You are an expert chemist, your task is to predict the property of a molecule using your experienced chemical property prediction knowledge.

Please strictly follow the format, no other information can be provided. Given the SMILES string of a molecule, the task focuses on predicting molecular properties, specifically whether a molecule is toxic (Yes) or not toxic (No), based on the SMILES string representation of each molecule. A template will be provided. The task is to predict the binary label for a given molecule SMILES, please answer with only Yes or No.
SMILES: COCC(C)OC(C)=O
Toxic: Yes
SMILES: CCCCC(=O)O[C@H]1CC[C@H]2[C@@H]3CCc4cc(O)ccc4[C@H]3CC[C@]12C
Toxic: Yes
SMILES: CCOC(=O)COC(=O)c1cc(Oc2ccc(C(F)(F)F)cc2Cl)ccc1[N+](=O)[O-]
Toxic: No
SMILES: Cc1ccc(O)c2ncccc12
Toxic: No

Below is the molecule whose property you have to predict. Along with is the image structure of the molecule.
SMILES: CNC[C@H](O)c1cccc(O)c1
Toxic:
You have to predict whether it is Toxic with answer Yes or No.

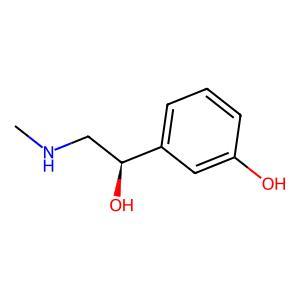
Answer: No